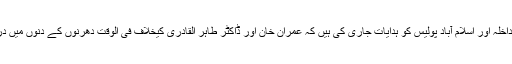
اعلیٰ حکومتی ذرائع کے مطابق وزیراعظم نے وزارت داخلہ اور اسلام آباد پولیس کو ہدایات جاری کی ہیں کہ عمران خان اور ڈاکٹر طاہر القادری کیخلاف فی الوقت دھرنوں کے دنوں میں درج کئے گئے مقدمات پر مزید کارروائی نہ کی جائے ۔